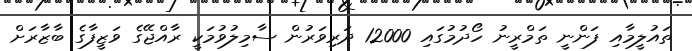
ތައުލީމާއި ފަންނީ ތަމްރީނު ހޯދުމުގައި 12000 ދަރިވަރުން ސާމިލުވުމަކީ ރާއްޖޭގެ ވަޒީފާގެ ބާޒާރަށް